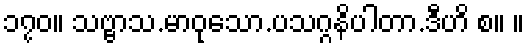
၁၇၀။ သဗ္ဗာသ.မာဝုသော.ပသဂ္ဂနိပါတာ.ဒီဟိ စ။ ။